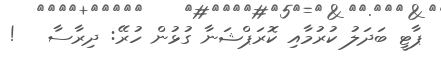
ޕާޓީ ބަދަލު ކުރުމާއި ކޮރަޕްޝަނާ ގުޅުން ހުރޭ: ދިރާސާ   !